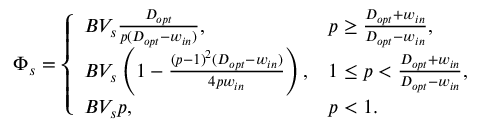
\Phi _ { s } = \left\{ \begin{array} { l l } { B V _ { s } \frac { D _ { o p t } } { p ( D _ { o p t } - w _ { i n } ) } , } & { p \ge \frac { D _ { o p t } + w _ { i n } } { D _ { o p t } - w _ { i n } } , } \\ { B V _ { s } \left( 1 - \frac { ( p - 1 ) ^ { 2 } ( D _ { o p t } - w _ { i n } ) } { 4 p w _ { i n } } \right) , } & { 1 \le p < \frac { D _ { o p t } + w _ { i n } } { D _ { o p t } - w _ { i n } } , } \\ { B V _ { s } p , } & { p < 1 . } \end{array} \right.